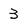
Character: 3